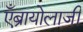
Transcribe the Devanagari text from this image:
एँब्रायोलाजी